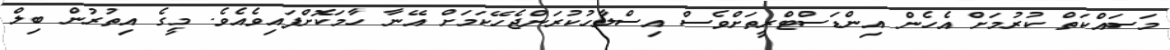
މަސައްކަތް ކުރުމަށް އެހެން އިންޑަސްޓްރީތަށްވެސް އިސްލާހުކުރަންޖެހޭކަމަށް އޭނާ ހާމަކޮށްފައިވެއެވެ. މީގެ އިތުރުން ބިލް